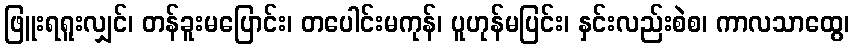
ဖြူးရရူးလျှင်၊ တန်ခူးမပြောင်း၊ တပေါင်းမကုန်၊ ပူဟုန်မပြင်း၊ နှင်းလည်းစဲစ၊ ကာလသာထွေ၊